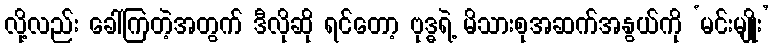
လို့လည်း ခေါ်ကြတဲ့အတွက် ဒီလိုဆို ရင်တော့ ဗုဒ္ဓရဲ့ မိသားစုအဆက်အနွယ်ကို ‘မင်းမျိုး’